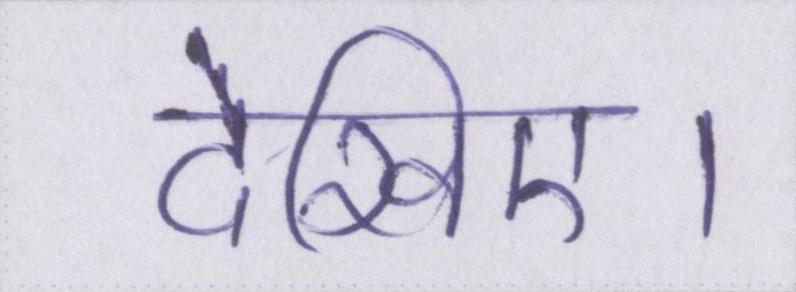
देखिए।